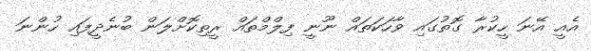
އެއީ އޭނަ ހީކުރާ ގޮތުގައި ވާހަކަތައް ނޫނީ ފިލްމްތައް ރީތިކޮށްލަން ބުނެދީފައި ހުންނަ